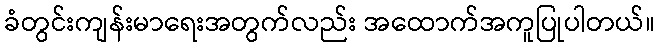
ခံတွင်းကျန်းမာရေးအတွက်လည်း အထောက်အကူပြုပါတယ်။